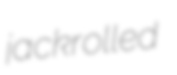
jackrolled